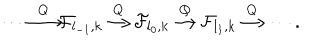
\cdots { \frac { \buildrel Q } { \longrightarrow } } { \cal F } _ { l _ { - 1 } , k } { \frac { \buildrel Q } { \longrightarrow } } { \cal F } _ { l _ { 0 } , k } { \frac { \buildrel Q } { \longrightarrow } } { \cal F } _ { l _ { 1 } , k } { \frac { \buildrel Q } { \longrightarrow } } \cdots .